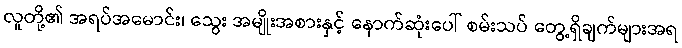
လူတို့၏ အရပ်အမောင်း၊ သွေး အမျိုးအစားနှင့် နောက်ဆုံးပေါ် စမ်းသပ် တွေ့ရှိချက်များအရ